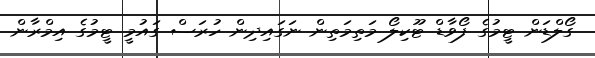
ގޯލްޑަން ޓީމުގެ ފޯވާޑް ޓޫކިލޯ މަތިމަތިން ނަގައިދިން ހުރަސް ގައުމީ ޓީމުގެ އިމްރާން